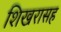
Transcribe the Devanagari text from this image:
शिखरासह